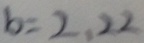
b = 2 , 2 2